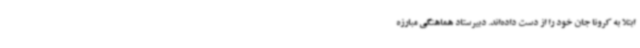
ابتلا به کرونا جان خود را از دست داده‌اند. دبیرستاد هماهنگی مبارزه